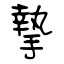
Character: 摯